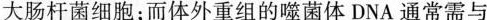
大肠杆菌细胞；而体外重组的噬菌体DNA通常需与